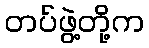
တပ်ဖွဲ့တို့က